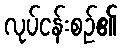
လုပ်ငန်းစဉ်၏